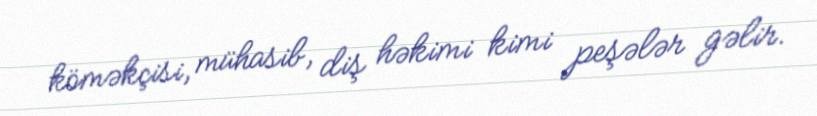
köməkçisi, mühasib, diş həkimi kimi peşələr gəlir.